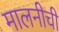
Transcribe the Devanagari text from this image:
मालनीची